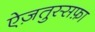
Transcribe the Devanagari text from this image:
ऐज़तुस्सफ़ा